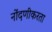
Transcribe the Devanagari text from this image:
नोंदणीकरता